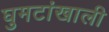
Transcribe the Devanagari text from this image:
घुमटांखाली